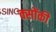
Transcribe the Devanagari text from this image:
क्सोंकी